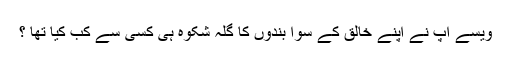
ویسے آپ نے اپنے خالق کے سوا بندوں کا گلہ شکوہ ہی کسی سے کب کیا تھا ؟